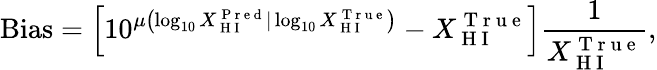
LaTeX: \mathrm{Bias}=\left[10^{\mu\left(\log_{10}{{X_{\mathrm{~H~I~}}^{\mathrm{~P~r~e~d~}}|\log_{10}{X_{\mathrm{~H~I~}}^{\mathrm{~T~r~u~e~}}}}}\right)}-X_{\mathrm{~H~I~}}^{\mathrm{~T~r~u~e~}}\right]\frac{1}{X_{\mathrm{~H~I~}}^{\mathrm{~T~r~u~e~}}},